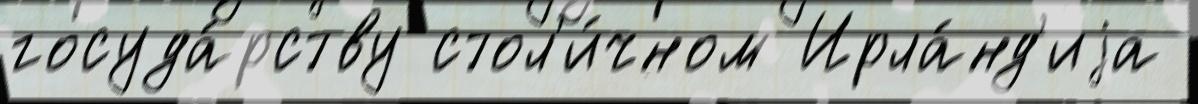
госуда́рству стол'и́чном Ирла́нд'иjа